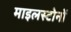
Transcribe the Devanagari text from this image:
माइलस्टोनों